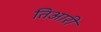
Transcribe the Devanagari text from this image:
तिआरी